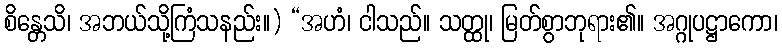
စိန္တေသိ၊ အဘယ်သို့ကြံသနည်း။) “အဟံ၊ ငါသည်။ သတ္ထု၊ မြတ်စွာဘုရား၏။ အဂ္ဂုပဋ္ဌာကော၊